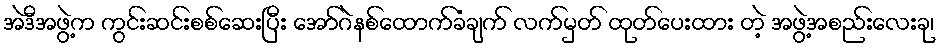
အဲဒီအဖွဲ့က ကွင်းဆင်းစစ်ဆေးပြီး အော်ဂဲနစ်ထောက်ခံချက် လက်မှတ် ထုတ်ပေးထား တဲ့ အဖွဲ့အစည်းလေးခု၊